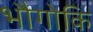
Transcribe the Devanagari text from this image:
भौगोकि